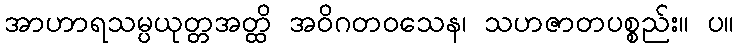
အာဟာရသမ္ပယုတ္တအတ္ထိ အဝိဂတဝသေန၊ သဟဇာတပစ္စည်း။ ပ။